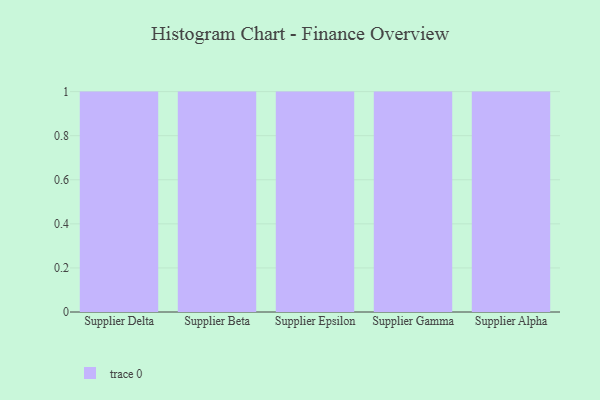
{"axis": {"x": "Supplier", "y": "Satisfaction Score"}, "legend": [""], "data": [{"x": "Supplier Delta", "y": 8, "type": ""}, {"x": "Supplier Beta", "y": 66, "type": ""}, {"x": "Supplier Epsilon", "y": 5, "type": ""}, {"x": "Supplier Gamma", "y": 54, "type": ""}, {"x": "Supplier Alpha", "y": 58, "type": ""}]}